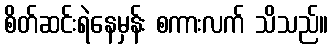
စိတ်ဆင်းရဲနေမှန်း စကားလက် သိသည်။